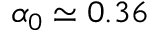
\alpha _ { 0 } \simeq 0 . 3 6